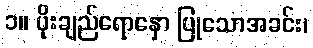
၁။ ပိုးချည်ရောနှော ပြုသောအခင်း၊